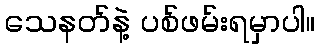
သေနတ်နဲ့ ပစ်ဖမ်းရမှာပါ။